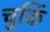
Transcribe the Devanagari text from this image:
चुकिं